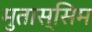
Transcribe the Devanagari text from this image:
मुतास्सिम